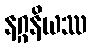
နဂ္ဂနိယဿ